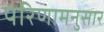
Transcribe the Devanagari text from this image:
परिणामनुसार